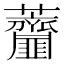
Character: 𧆌